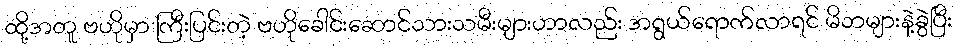
ထို့အတူ ဗဟိုမှာ ကြီးပြင်းတဲ့ ဗဟိုခေါင်းဆောင်သားသမီးများဟာလည်း အရွယ်ရောက်လာရင် မိဘများနဲ့ခွဲပြီး